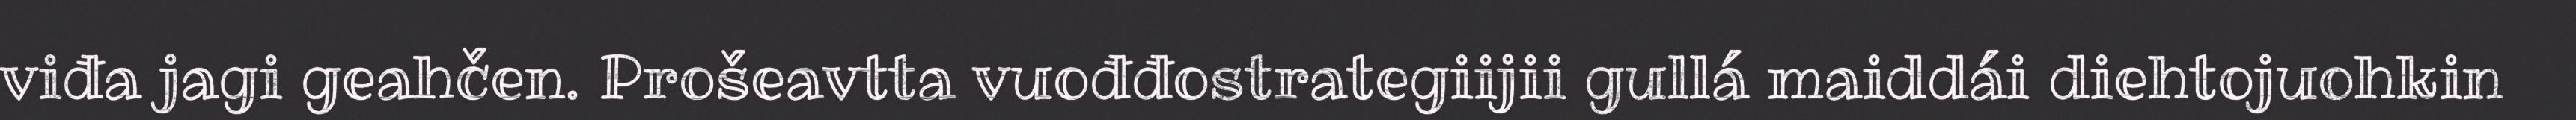
viđa jagi geahčen. Prošeavtta vuođđostrategiijii gullá maiddái diehtojuohkin